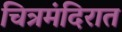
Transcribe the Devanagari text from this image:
चित्रमंदिरात